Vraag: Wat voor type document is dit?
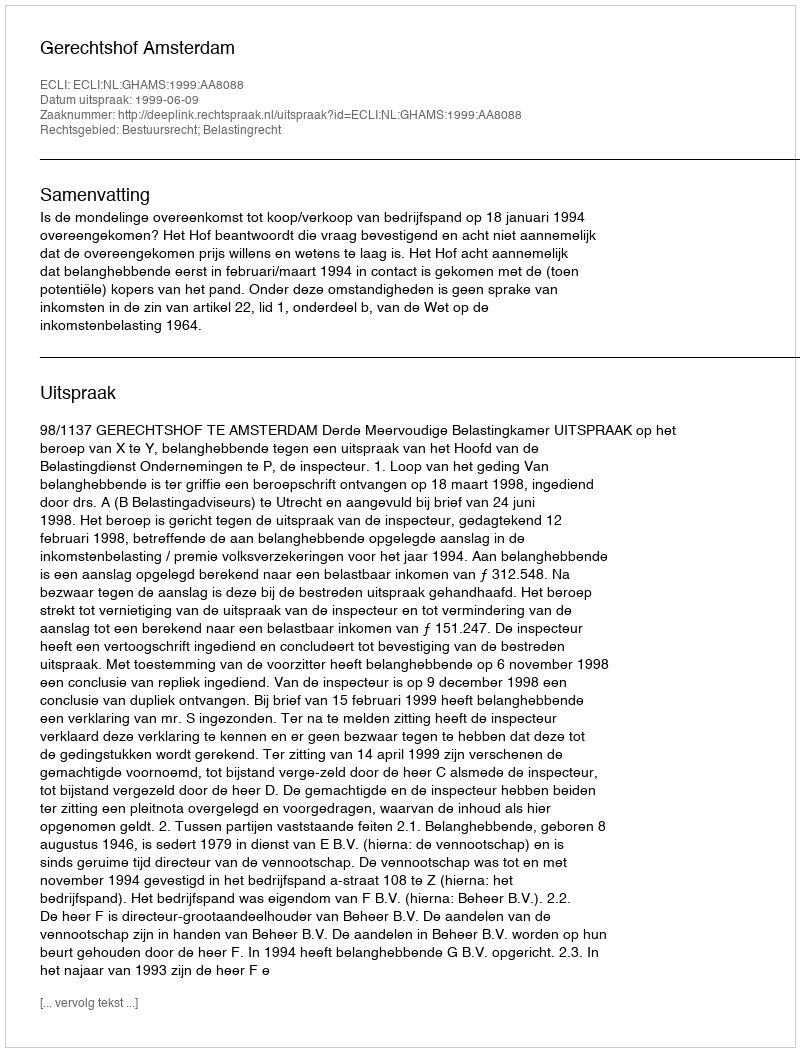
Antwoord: Uitspraak